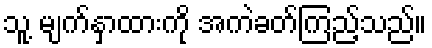
သူ့ မျက်နှာထားကို အကဲခတ်ကြည့်သည်။